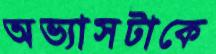
অভ্যাসটাকে